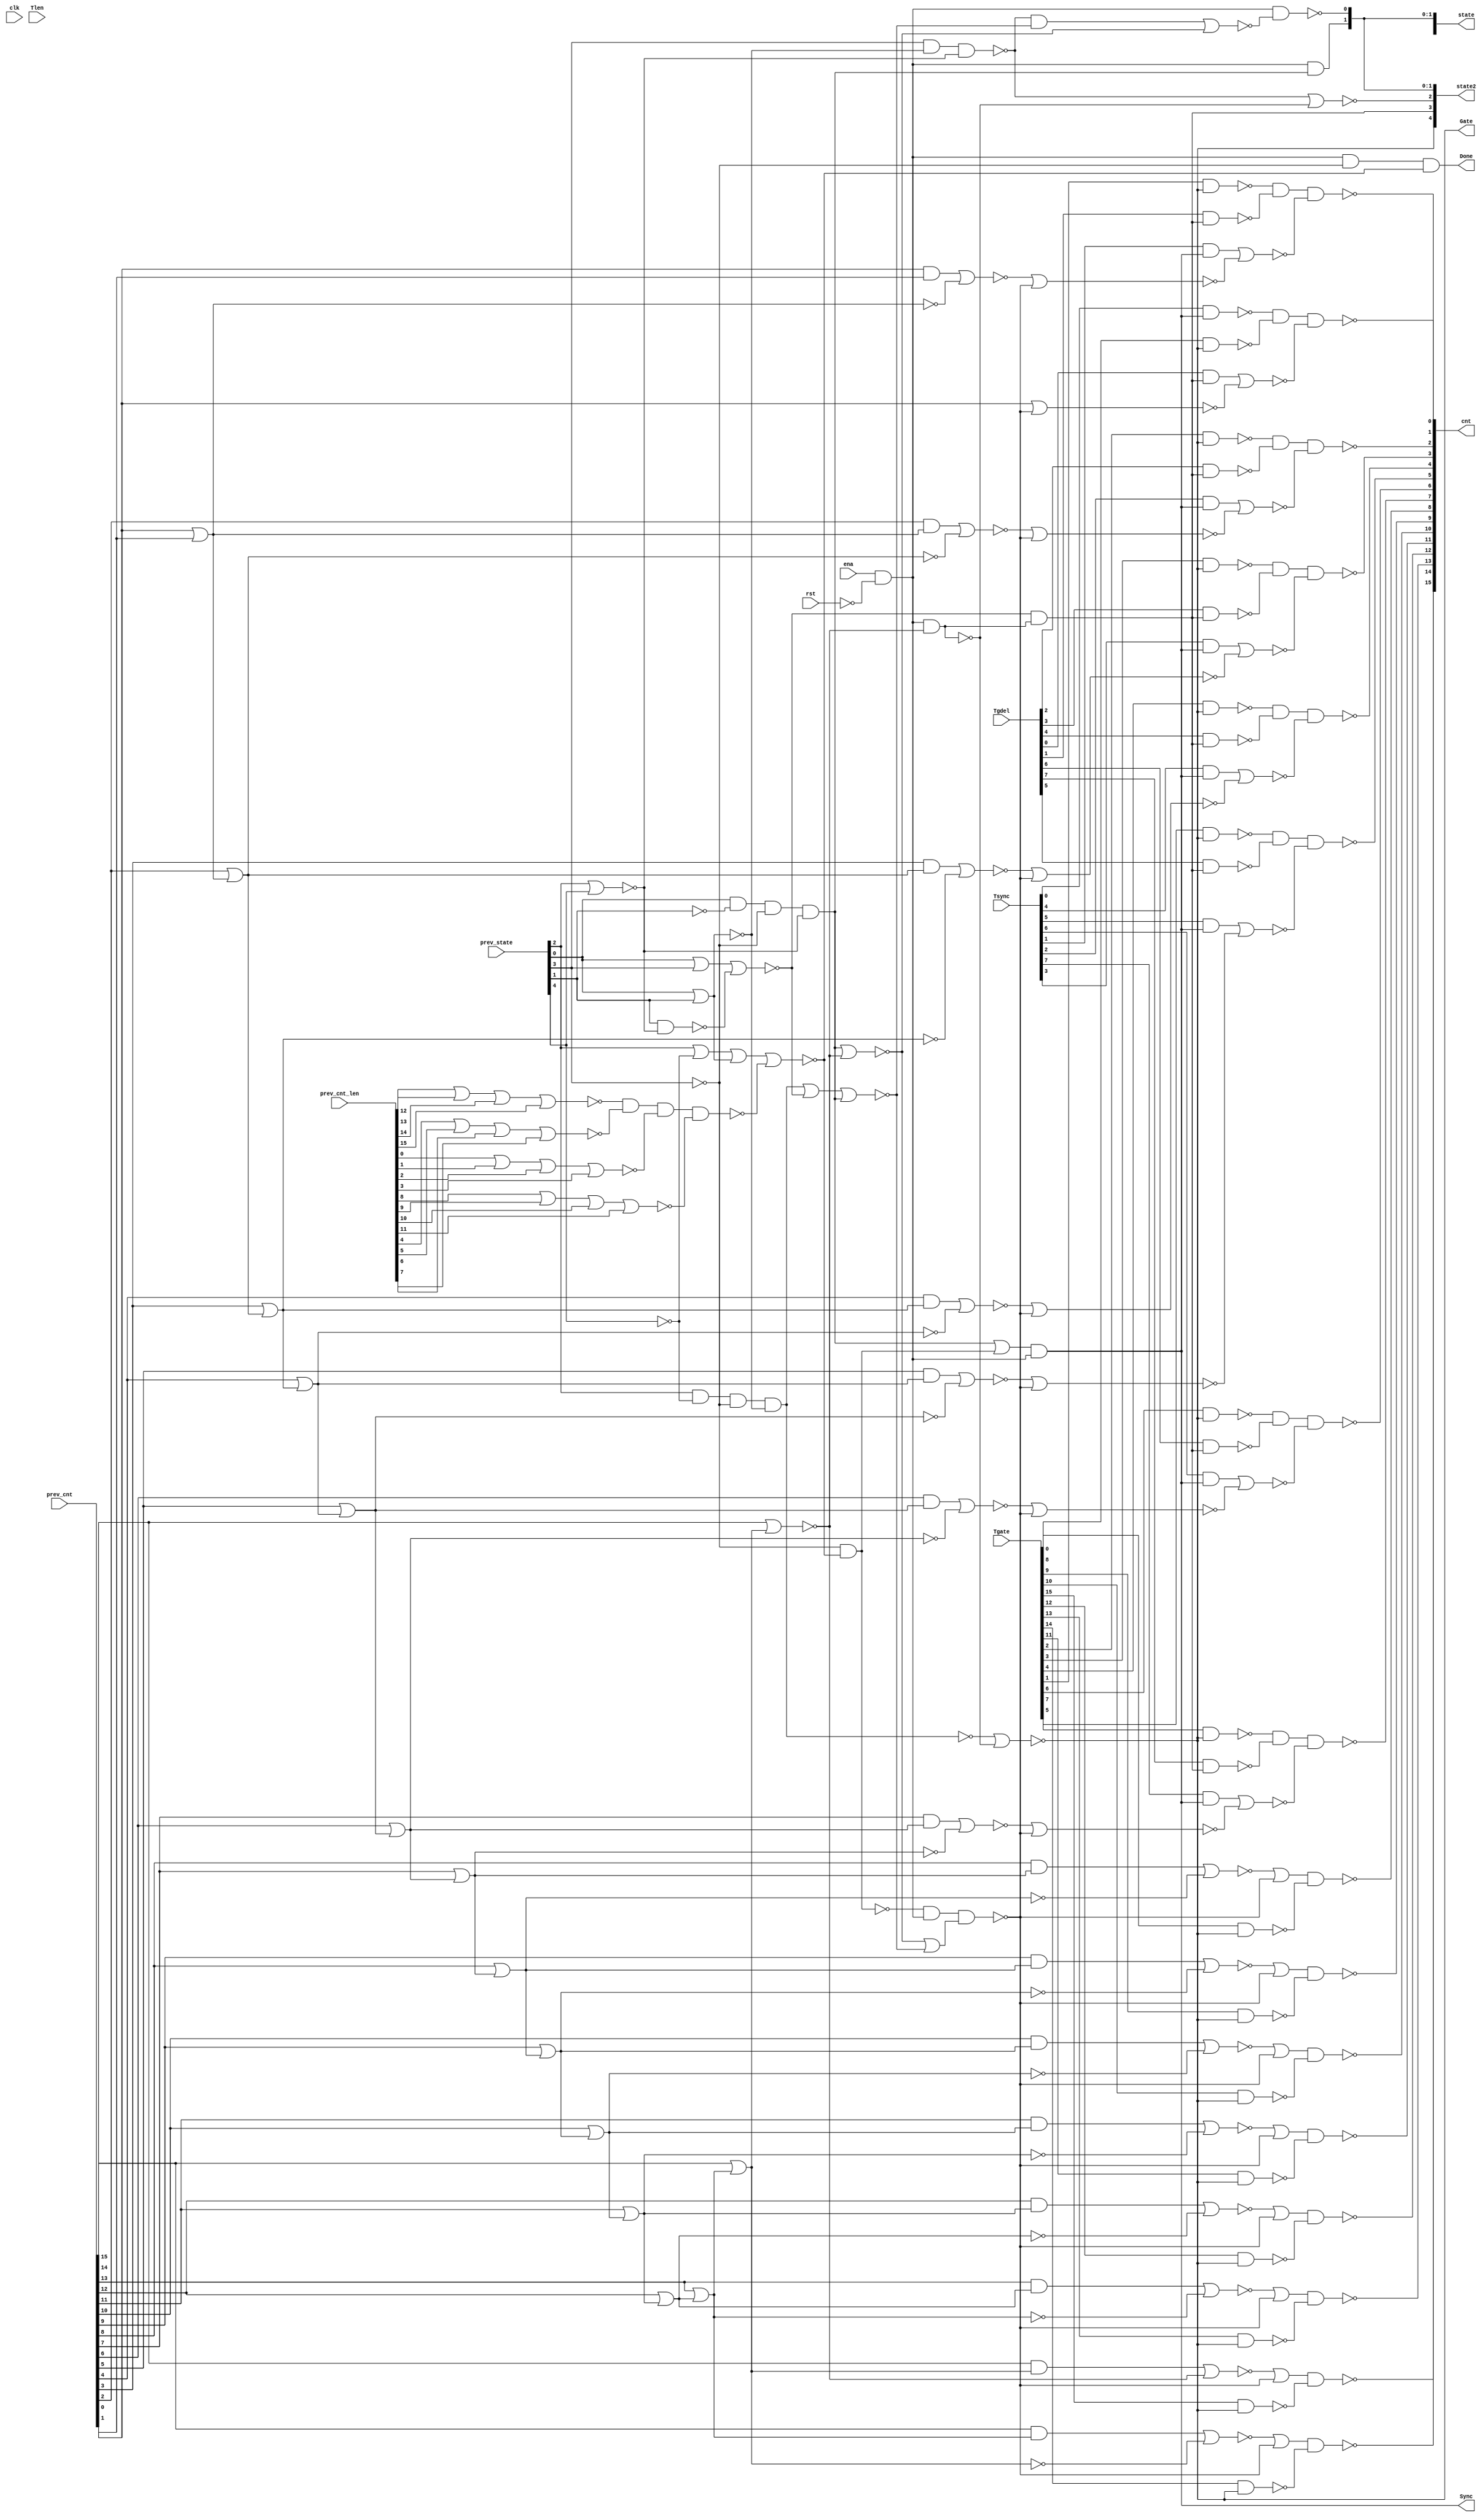

// Generated by Cadence Genus(TM) Synthesis Solution 19.20-d227_1
// Generated on: Aug  3 2021 19:31:24 PDT (Aug  4 2021 02:31:24 UTC)

// Verification Directory fv/top 

module top(clk, ena, rst, Tsync, Tgdel, Tgate, Tlen, Sync, Gate, Done,
     prev_state, prev_cnt, prev_cnt_len, cnt, state, state2);
  input clk, ena, rst;
  input [7:0] Tsync, Tgdel;
  input [15:0] Tgate, Tlen, prev_cnt, prev_cnt_len;
  input [4:0] prev_state;
  output Sync, Gate, Done;
  output [15:0] cnt;
  output [4:0] state, state2;
  wire clk, ena, rst;
  wire [7:0] Tsync, Tgdel;
  wire [15:0] Tgate, Tlen, prev_cnt, prev_cnt_len;
  wire [4:0] prev_state;
  wire Sync, Gate, Done;
  wire [15:0] cnt;
  wire [4:0] state, state2;
  wire n_0, n_1, n_2, n_3, n_4, n_5, n_6, n_7;
  wire n_8, n_9, n_10, n_11, n_12, n_13, n_14, n_15;
  wire n_16, n_17, n_18, n_19, n_23, n_24, n_25, n_26;
  wire n_27, n_28, n_29, n_30, n_31, n_32, n_33, n_34;
  wire n_35, n_36, n_37, n_38, n_39, n_40, n_41, n_42;
  wire n_43, n_44, n_45, n_46, n_47, n_48, n_49, n_50;
  wire n_51, n_52, n_53, n_54, n_55, n_56, n_57, n_58;
  wire n_59, n_60, n_61, n_62, n_63, n_64, n_65, n_66;
  wire n_67, n_68, n_69, n_70, n_71, n_72, n_73, n_74;
  wire n_81, n_87, n_88, n_91, n_93, n_94, n_95, n_96;
  wire n_97, n_99, n_100, n_101, n_102, n_103, n_104, n_105;
  wire n_108, n_109, n_110, n_111, n_113, n_114, n_115, n_116;
  wire n_117, n_118, n_119, n_120, n_121, n_122, n_123, n_124;
  wire n_125, n_127, n_128, n_129, n_133, n_140, n_141, n_142;
  wire n_143, n_144, n_145, n_146, n_147, n_521, n_522, n_523;
  wire n_524, n_525, n_526, n_527, n_528, n_529, n_530, n_531;
  wire n_708;
  nand g8290 (n_147, n_115, n_125);
  nand g8291 (n_146, n_118, n_121);
  nand g8292 (n_145, n_117, n_116);
  nand g8293 (n_144, n_124, n_129);
  nand g8294 (n_143, n_122, n_120);
  nand g8295 (n_142, n_133, n_119);
  nand g8296 (n_141, n_127, n_114);
  nand g8297 (n_140, n_113, n_123);
  wire w, w0;
  and g8334 (n_133, w, w0);
  nand g0 (w0, Tgdel[2], n_521);
  nand g (w, Tgate[2], n_522);
  wire w1;
  nor g8304 (n_129, w1, n_108);
  and g1 (w1, Tsync[4], n_128);
  wire w2, w3;
  and g8335 (n_127, w2, w3);
  nand g4 (w3, Tgdel[3], n_521);
  nand g3 (w2, Tgate[3], n_522);
  wire w4;
  nor g8303 (n_125, w4, n_109);
  and g5 (w4, Tsync[5], n_128);
  wire w5, w6;
  and g8336 (n_124, w5, w6);
  nand g7 (w6, Tgdel[4], n_521);
  nand g6 (w5, Tgate[4], n_522);
  wire w7;
  nor g8311 (n_123, w7, n_96);
  and g8 (w7, Tgdel[0], n_521);
  wire w8, w9;
  and g8337 (n_122, w8, w9);
  nand g10 (w9, Tgdel[1], n_521);
  nand g9 (w8, Tgate[1], n_522);
  wire w10;
  nor g8298 (n_121, w10, n_111);
  and g11 (w10, Tsync[6], n_128);
  wire w11;
  nor g8306 (n_120, w11, n_103);
  and g12 (w11, Tsync[1], n_128);
  wire w12;
  nor g8308 (n_119, w12, n_105);
  and g13 (w12, Tsync[2], n_128);
  wire w13, w14;
  and g8330 (n_118, w13, w14);
  nand g15 (w14, Tgdel[6], n_521);
  nand g14 (w13, Tgate[6], n_522);
  wire w15, w16;
  and g8331 (n_117, w15, w16);
  nand g17 (w16, Tgdel[7], n_521);
  nand g16 (w15, Tgate[7], n_522);
  wire w17;
  nor g8301 (n_116, w17, n_94);
  and g18 (w17, Tsync[7], n_128);
  wire w18, w19;
  and g8332 (n_115, w18, w19);
  nand g20 (w19, Tgdel[5], n_521);
  nand g19 (w18, Tgate[5], n_522);
  wire w20;
  nor g8307 (n_114, w20, n_101);
  and g21 (w20, Tsync[3], n_128);
  wire w21, w22;
  and g8338 (n_113, w21, w22);
  nand g23 (w22, Tgate[0], n_522);
  nand g22 (w21, Tsync[0], n_128);
  nor g8319 (n_111, n_41, n_110);
  nor g8320 (n_109, n_38, n_110);
  nor g8321 (n_108, n_33, n_110);
  nor g8324 (n_105, n_18, n_110);
  nand g8339 (n_104, Tgate[8], n_522);
  nor g8325 (n_103, n_8, n_110);
  nand g8340 (n_102, Tgate[9], n_522);
  nor g8326 (n_101, n_25, n_110);
  nand g8341 (n_100, Tgate[10], n_522);
  nand g8342 (n_99, Tgate[15], n_522);
  nand g8345 (n_97, Tgate[12], n_522);
  nor g8328 (n_96, prev_cnt[0], n_110);
  nand g8346 (n_95, Tgate[13], n_522);
  nor g8314 (n_94, n_44, n_110);
  nand g8347 (n_93, Tgate[14], n_522);
  nand g8348 (n_91, Tgate[11], n_522);
  not g8343 (n_88, n_87);
  and g8349 (n_87, n_81, n_74);
  wire w23;
  nand g8333 (n_110, n_31, n_81, w23);
  or g24 (w23, n_73, n_72);
  wire w24;
  nor g8360 (n_74, w24, n_73);
  and g25 (w24, n_70, n_72);
  not g8362 (n_69, n_71);
  nand g8363 (n_71, n_81, n_67);
  wire w25;
  nor g8364 (n_68, w25, n_67);
  and g26 (w25, prev_cnt[15], n_66);
  nor g8365 (n_73, n_35, n_67);
  nor g8366 (n_67, prev_cnt[15], n_66);
  wire w26;
  nor g8367 (n_65, w26, n_64);
  and g27 (w26, prev_cnt[14], n_63);
  not g8368 (n_66, n_64);
  nor g8369 (n_64, prev_cnt[14], n_63);
  wire w27;
  nor g8370 (n_62, w27, n_61);
  and g28 (w27, prev_cnt[13], n_60);
  not g8371 (n_63, n_61);
  nor g8372 (n_61, prev_cnt[13], n_60);
  wire w28;
  nor g8373 (n_59, w28, n_58);
  and g29 (w28, prev_cnt[12], n_57);
  not g8374 (n_60, n_58);
  nor g8375 (n_58, prev_cnt[12], n_57);
  wire w29;
  nor g8376 (n_56, w29, n_55);
  and g30 (w29, prev_cnt[11], n_54);
  not g8377 (n_57, n_55);
  nor g8378 (n_55, prev_cnt[11], n_54);
  wire w30;
  nor g8379 (n_53, w30, n_52);
  and g31 (w30, prev_cnt[10], n_51);
  not g8380 (n_54, n_52);
  nor g8381 (n_52, prev_cnt[10], n_51);
  wire w31;
  nor g8382 (n_50, w31, n_49);
  and g32 (w31, prev_cnt[9], n_48);
  not g8384 (n_51, n_49);
  nor g8386 (n_49, prev_cnt[9], n_48);
  wire w32;
  nor g8388 (n_47, w32, n_46);
  and g33 (w32, prev_cnt[8], n_45);
  not g8389 (n_48, n_46);
  nor g8390 (n_46, prev_cnt[8], n_45);
  wire w33;
  nor g8392 (n_44, w33, n_43);
  and g34 (w33, prev_cnt[7], n_42);
  not g8394 (n_45, n_43);
  nor g8395 (n_43, prev_cnt[7], n_42);
  wire w34;
  nor g8397 (n_41, w34, n_40);
  and g35 (w34, prev_cnt[6], n_39);
  not g8398 (n_42, n_40);
  nor g8399 (n_40, prev_cnt[6], n_39);
  and g8383 (n_128, n_36, n_81);
  wire w35;
  nor g8400 (n_38, w35, n_37);
  and g36 (w35, prev_cnt[5], n_34);
  not g8402 (n_39, n_37);
  or g8385 (n_36, n_35, n_32);
  nor g8403 (n_37, prev_cnt[5], n_34);
  wire w36;
  nor g8406 (n_33, w36, n_29);
  and g37 (w36, prev_cnt[4], n_26);
  not g8391 (n_32, n_31);
  and g8387 (n_30, ena, n_1, n_27, n_28);
  not g8409 (n_34, n_29);
  nand g8393 (n_31, n_27, n_28);
  nor g8412 (n_29, prev_cnt[4], n_26);
  wire w37;
  nor g8410 (n_25, w37, n_23);
  and g38 (w37, prev_cnt[3], n_19);
  nor g8396 (n_28, prev_state[2], n_13, n_4, n_15);
  nor g8401 (n_72, n_17, n_24, n_35);
  not g8416 (n_26, n_23);
  nor g8417 (n_23, prev_cnt[3], n_19);
  wire w38;
  nor g8418 (n_18, w38, n_14);
  and g39 (w38, prev_cnt[2], n_10);
  not g8408 (n_17, n_16);
  nand g8413 (n_15, n_7, n_2, n_6, n_3);
  nor g8414 (n_24, prev_state[0], prev_state[3], n_9);
  not g8420 (n_19, n_14);
  nand g8411 (n_16, prev_state[2], n_13, n_27, n_11);
  and g8415 (n_35, prev_state[0], n_0, n_27, n_12);
  nand g8419 (n_70, prev_state[3], n_11, n_12);
  nor g8423 (n_14, prev_cnt[2], n_10);
  nand g8421 (n_9, prev_state[1], n_12);
  wire w39;
  nor g8422 (n_8, w39, n_5);
  and g40 (w39, prev_cnt[0], prev_cnt[1]);
  nor g8425 (n_7, prev_cnt_len[12], prev_cnt_len[13], prev_cnt_len[14],
       prev_cnt_len[15]);
  nor g8424 (n_6, prev_cnt_len[0], prev_cnt_len[1], prev_cnt_len[2],
       prev_cnt_len[3]);
  not g8431 (n_10, n_5);
  not g8428 (n_4, n_11);
  nor g8427 (n_3, prev_cnt_len[8], prev_cnt_len[9], prev_cnt_len[10],
       prev_cnt_len[11]);
  nor g8426 (n_2, prev_cnt_len[4], prev_cnt_len[5], prev_cnt_len[6],
       prev_cnt_len[7]);
  and g8430 (n_81, ena, n_1);
  nor g8433 (n_5, prev_cnt[0], prev_cnt[1]);
  nor g8429 (n_11, prev_state[0], prev_state[1]);
  nor g8432 (n_12, prev_state[2], prev_state[4]);
  not g8435 (n_1, rst);
  not g8436 (n_13, prev_state[4]);
  not g8434 (n_0, prev_state[1]);
  not g8437 (n_27, prev_state[3]);
  assign Sync = n_128;
  assign state[2] = n_521;
  assign Done = n_30;
  assign cnt[7] = n_145;
  assign cnt[3] = n_141;
  assign cnt[2] = n_142;
  assign cnt[1] = n_143;
  assign cnt[4] = n_144;
  assign cnt[5] = n_147;
  assign cnt[6] = n_146;
  assign cnt[11] = n_528;
  assign cnt[12] = n_527;
  assign cnt[9] = n_526;
  assign cnt[15] = n_529;
  assign cnt[10] = n_524;
  assign cnt[14] = n_525;
  assign cnt[13] = n_531;
  assign cnt[8] = n_530;
  assign cnt[0] = n_140;
  assign state[0] = n_88;
  assign state2[0] = n_88;
  assign state[4] = n_523;
  assign state2[2] = n_523;
  assign state[1] = n_708;
  assign state[3] = n_522;
  assign Gate = n_522;
  assign state2[1] = n_708;
  assign state2[4] = n_522;
  assign state2[3] = n_521;
  and g2 (n_521, n_24, n_69);
  nor g8708 (n_522, n_16, n_71);
  nor g8709 (n_523, n_70, n_71);
  wire w40;
  nand g8710 (n_524, w40, n_100);
  or g41 (w40, n_53, n_110);
  wire w41;
  nand g8711 (n_525, w41, n_93);
  or g42 (w41, n_65, n_110);
  wire w42;
  nand g8712 (n_526, w42, n_102);
  or g43 (w42, n_50, n_110);
  wire w43;
  nand g8713 (n_527, w43, n_97);
  or g44 (w43, n_59, n_110);
  wire w44;
  nand g8714 (n_528, w44, n_91);
  or g45 (w44, n_56, n_110);
  wire w45;
  nand g8715 (n_529, w45, n_99);
  or g46 (w45, n_68, n_110);
  wire w46;
  nand g8716 (n_530, w46, n_104);
  or g47 (w46, n_47, n_110);
  wire w47;
  nand g8717 (n_531, w47, n_95);
  or g48 (w47, n_62, n_110);
  and g8894 (n_708, n_81, n_35);
endmodule